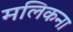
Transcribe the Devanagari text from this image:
मलिकना